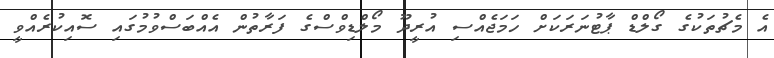
އެ މެޗުތަކުގެ ގޯލްޑް ޕާޓުނަރަކަށް ހަމަޖެއްސި އުރީދޫ މޯލްޑިވްސްގެ ފަރާތުން އެއްބަސްވުމުގައި ސޮއިކުރެއްވީ